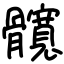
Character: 髖